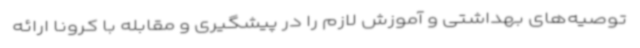
توصیه‌های بهداشتی و آموزش لازم را در پیشگیری و مقابله با کرونا ارائه